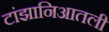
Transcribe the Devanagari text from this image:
टांझानिआतली